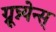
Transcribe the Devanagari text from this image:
ग्रून्न्येन्स्